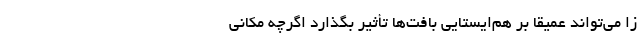
زا می‌تواند عمیقاً بر هم‌ایستایی بافت‌ها تأثیر بگذارد اگرچه مکانی